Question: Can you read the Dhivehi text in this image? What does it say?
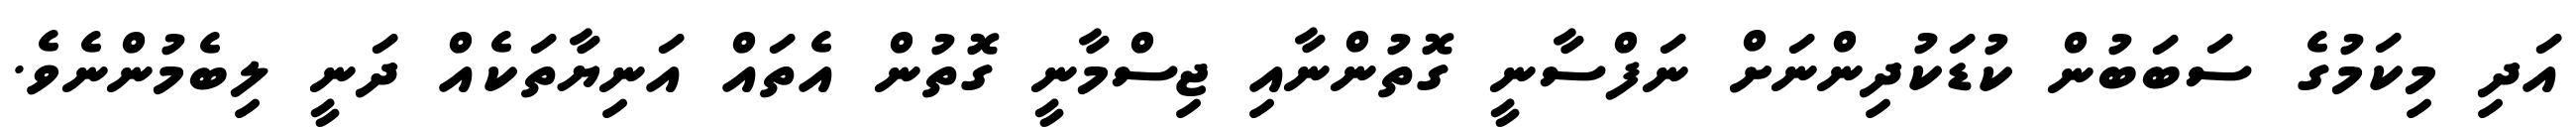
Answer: އަދި މިކަމުގެ ސަބަބުން ކުޑަކުދިންނަށް ނަފްސާނީ ގޮތުންނާއި ޖިސްމާނީ ގޮތުން އެތައް އަނިޔާތަކެއް ދަނީ ލިބެމުންނެވެ.